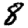
Digit: 8